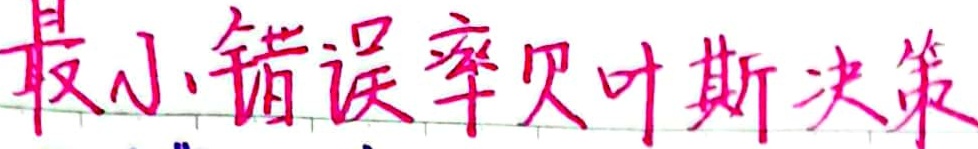
最小错误率贝叶斯决策